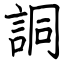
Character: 詷